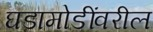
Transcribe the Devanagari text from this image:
घडामोडींवरील